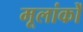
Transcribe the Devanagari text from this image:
मूलांकों